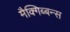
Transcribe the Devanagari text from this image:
मैक्गिब्बन्स